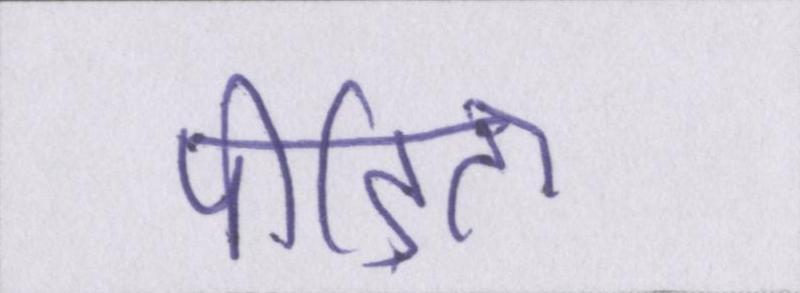
पीड़िता